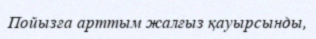
Пойызға арттым жалғыз қауырсынды,